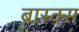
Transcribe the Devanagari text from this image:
बास्क्स